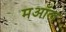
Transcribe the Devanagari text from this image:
मऑल